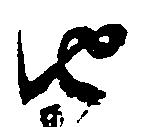
由